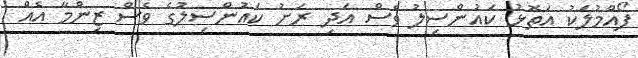
ފޯއްމުލަކު އަތޮޅު ކައުންސިލު ވެސް އަދި ރަށު ކައުންސިލުގެ ވެސް ޒިންމާ އެއް